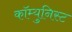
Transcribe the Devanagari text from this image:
कॉम्युनिस्ट